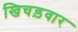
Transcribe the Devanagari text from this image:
खिचड़वार